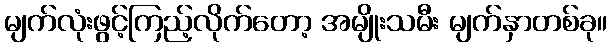
မျက်လုံးဖွင့်ကြည့်လိုက်တော့ အမျိုးသမီး မျက်နှာတစ်ခု။